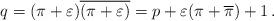
LaTeX: \begin{align*}q = (\pi+\varepsilon)\overline{(\pi+\varepsilon)} =p + \varepsilon(\pi+\overline{\pi}) + 1\,.\end{align*}